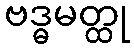
ဗဒ္ဓမတ္ထု